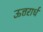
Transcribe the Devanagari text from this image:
ऊत्तरार्ध